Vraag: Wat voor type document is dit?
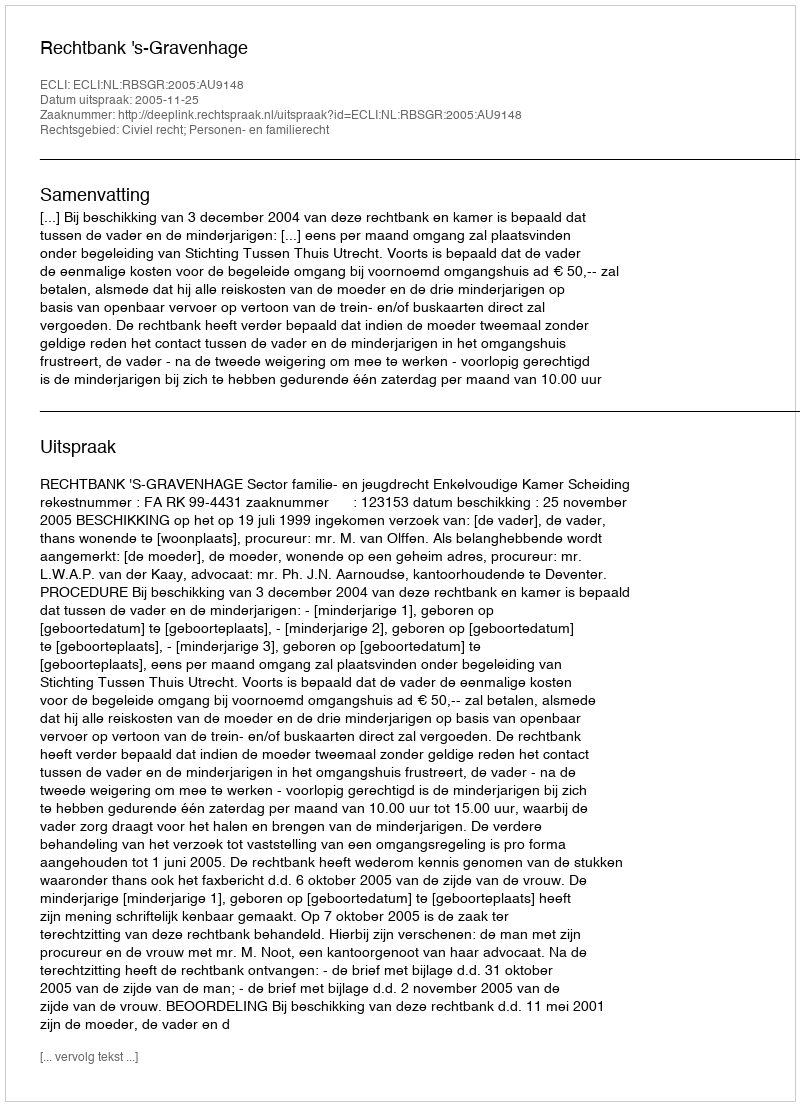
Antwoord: Uitspraak